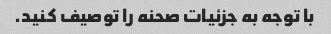
با توجه به جزئیات صحنه را توصیف کنید.